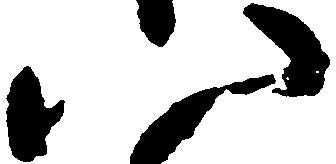
八